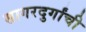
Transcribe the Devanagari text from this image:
सागरदुर्गांची